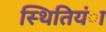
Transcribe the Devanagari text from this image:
स्थितियंा